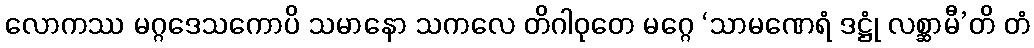
လောကဿ မဂ္ဂဒေသကောပိ သမာနော သကလေ တိဂါဝုတေ မဂ္ဂေ ‘သာမဏေရံ ဒဋ္ဌုံ လစ္ဆာမီ’တိ တံ